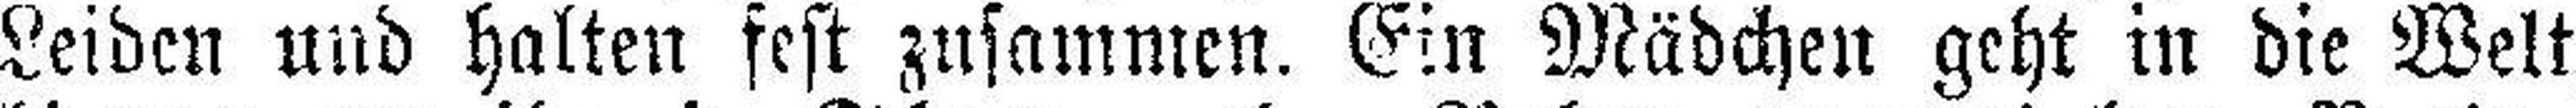
Leiden und halten fest zusammen. Ein Mädchen geht in die Welt